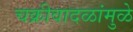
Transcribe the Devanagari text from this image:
चक्रीवादळांमुळे